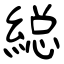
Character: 縂